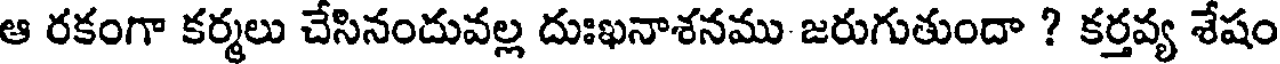
ఆ రకంగా కర్మలు చేసినందువల్ల దుఃఖనాశనము జరుగుతుందా ? కర్తవ్య శేషం